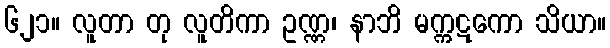
၆၂၁။ လူတာ တု လူတိကာ ဥဏ္ဏ၊ နာဘိ မက္ကဋကော သိယာ။